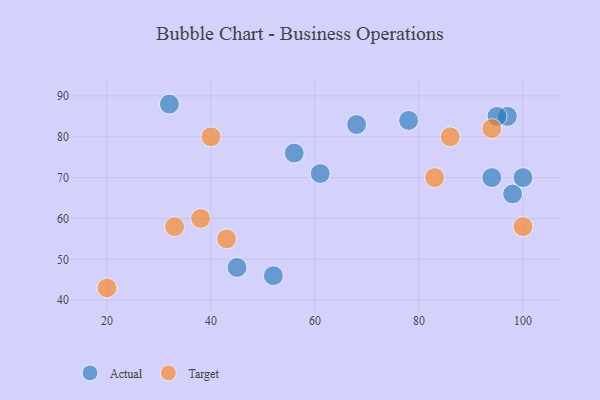
{"axis": {"x": "GDP", "y": "Life Expectancy"}, "legend": ["Actual", "Target"], "data": [{"x": "94", "y": 70, "type": "Actual"}, {"x": "61", "y": 71, "type": "Actual"}, {"x": "68", "y": 83, "type": "Actual"}, {"x": "45", "y": 48, "type": "Actual"}, {"x": "97", "y": 85, "type": "Actual"}, {"x": "52", "y": 46, "type": "Actual"}, {"x": "98", "y": 66, "type": "Actual"}, {"x": "78", "y": 84, "type": "Actual"}, {"x": "32", "y": 88, "type": "Actual"}, {"x": "56", "y": 76, "type": "Actual"}, {"x": "100", "y": 70, "type": "Actual"}, {"x": "95", "y": 85, "type": "Actual"}, {"x": "40", "y": 80, "type": "Target"}, {"x": "33", "y": 58, "type": "Target"}, {"x": "100", "y": 58, "type": "Target"}, {"x": "94", "y": 82, "type": "Target"}, {"x": "38", "y": 60, "type": "Target"}, {"x": "20", "y": 43, "type": "Target"}, {"x": "43", "y": 55, "type": "Target"}, {"x": "86", "y": 80, "type": "Target"}, {"x": "83", "y": 70, "type": "Target"}]}